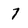
Character: 7